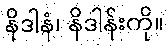
နိဒါနံ၊ နိဒါန်းကို။